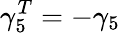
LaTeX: \gamma_{5}^{T}=-\gamma_{5}